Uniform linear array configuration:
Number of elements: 4
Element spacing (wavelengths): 0.25
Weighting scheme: hann
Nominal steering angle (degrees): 30
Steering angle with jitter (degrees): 31.644
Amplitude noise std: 0.05
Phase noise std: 0.05

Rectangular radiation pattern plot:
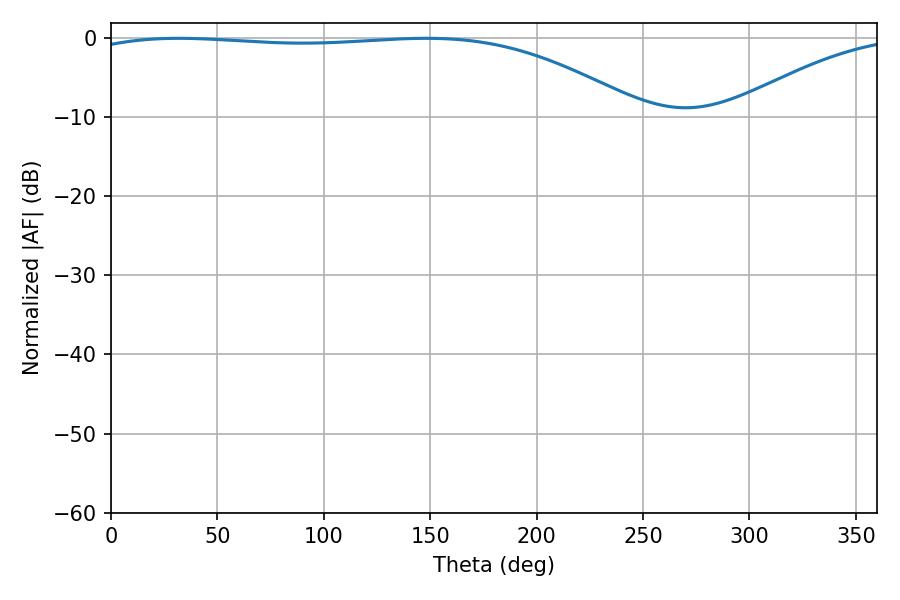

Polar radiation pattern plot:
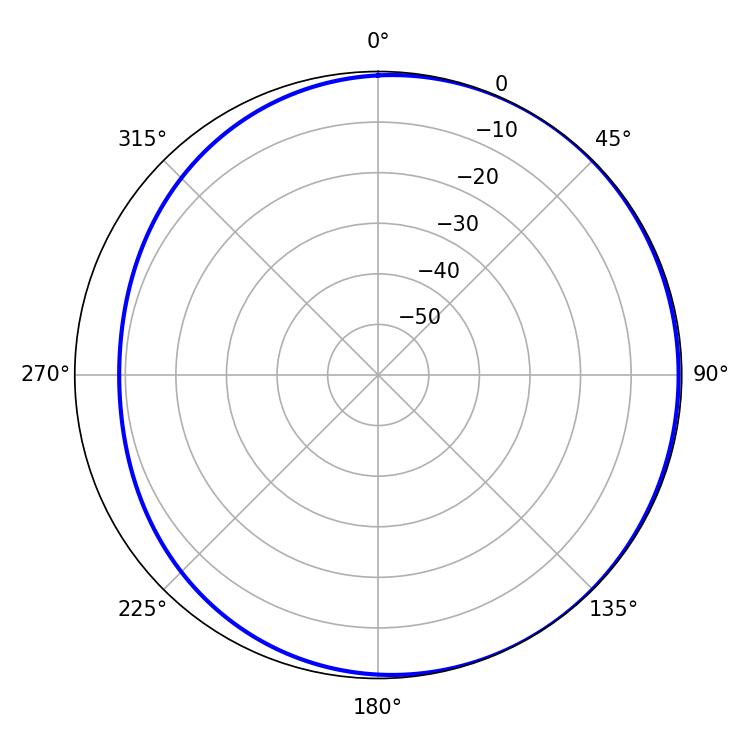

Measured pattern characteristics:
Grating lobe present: FALSE
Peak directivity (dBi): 1.831
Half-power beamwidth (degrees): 208.08
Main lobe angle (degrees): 31.86